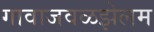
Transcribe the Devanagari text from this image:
गावाजवळझेलम